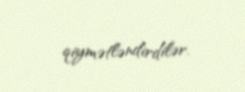
qiymətləndirdilər.